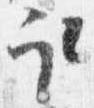
取